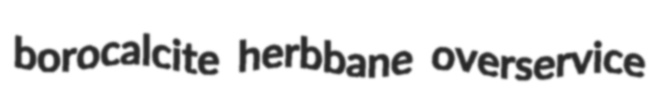
borocalcite herbbane overservice